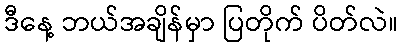
ဒီနေ့ ဘယ်အချိန်မှာ ပြတိုက် ပိတ်လဲ။